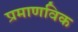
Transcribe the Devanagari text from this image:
प्रमाणविक